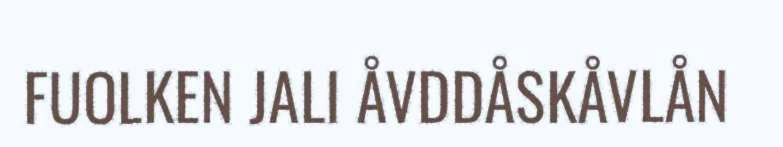
FUOLKEN JALI ÅVDDÅSKÅVLÅN